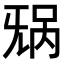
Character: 𬀥